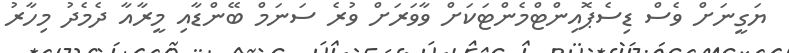
ޔަގީނަށް ވެސް ޑިސެޕޮއިންޓްމެންޓަކަށް ވާވަރަށް ވުރެ ސަނަމް ބޭންޑާއި މީރާއާ ދެމެދު މިހާރު